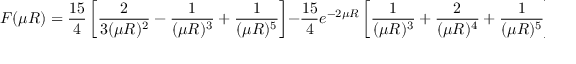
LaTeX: F ( \mu R ) = \frac { 1 5 } { 4 } \left[ \frac { 2 } { 3 ( \mu R ) ^ { 2 } } - \frac { 1 } { ( \mu R ) ^ { 3 } } + \frac { 1 } { ( \mu R ) ^ { 5 } } \right] - \frac { 1 5 } { 4 } e ^ { - 2 \mu R } \left[ \frac { 1 } { ( \mu R ) ^ { 3 } } + \frac { 2 } { ( \mu R ) ^ { 4 } } + \frac { 1 } { ( \mu R ) ^ { 5 } } \right] .